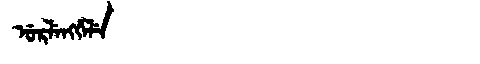
Manchu: ᡠᡵᠯᡝᠩᡤᡝᠯᡝ
Romanization: URLENGGELE